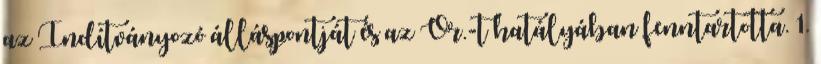
az Indítványozó álláspontját és az Ör.-t hatályában fenntartotta. 1.